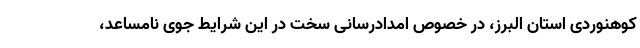
کوهنوردی استان البرز، در خصوص امدادرسانی سخت در این شرایط جوی نامساعد،